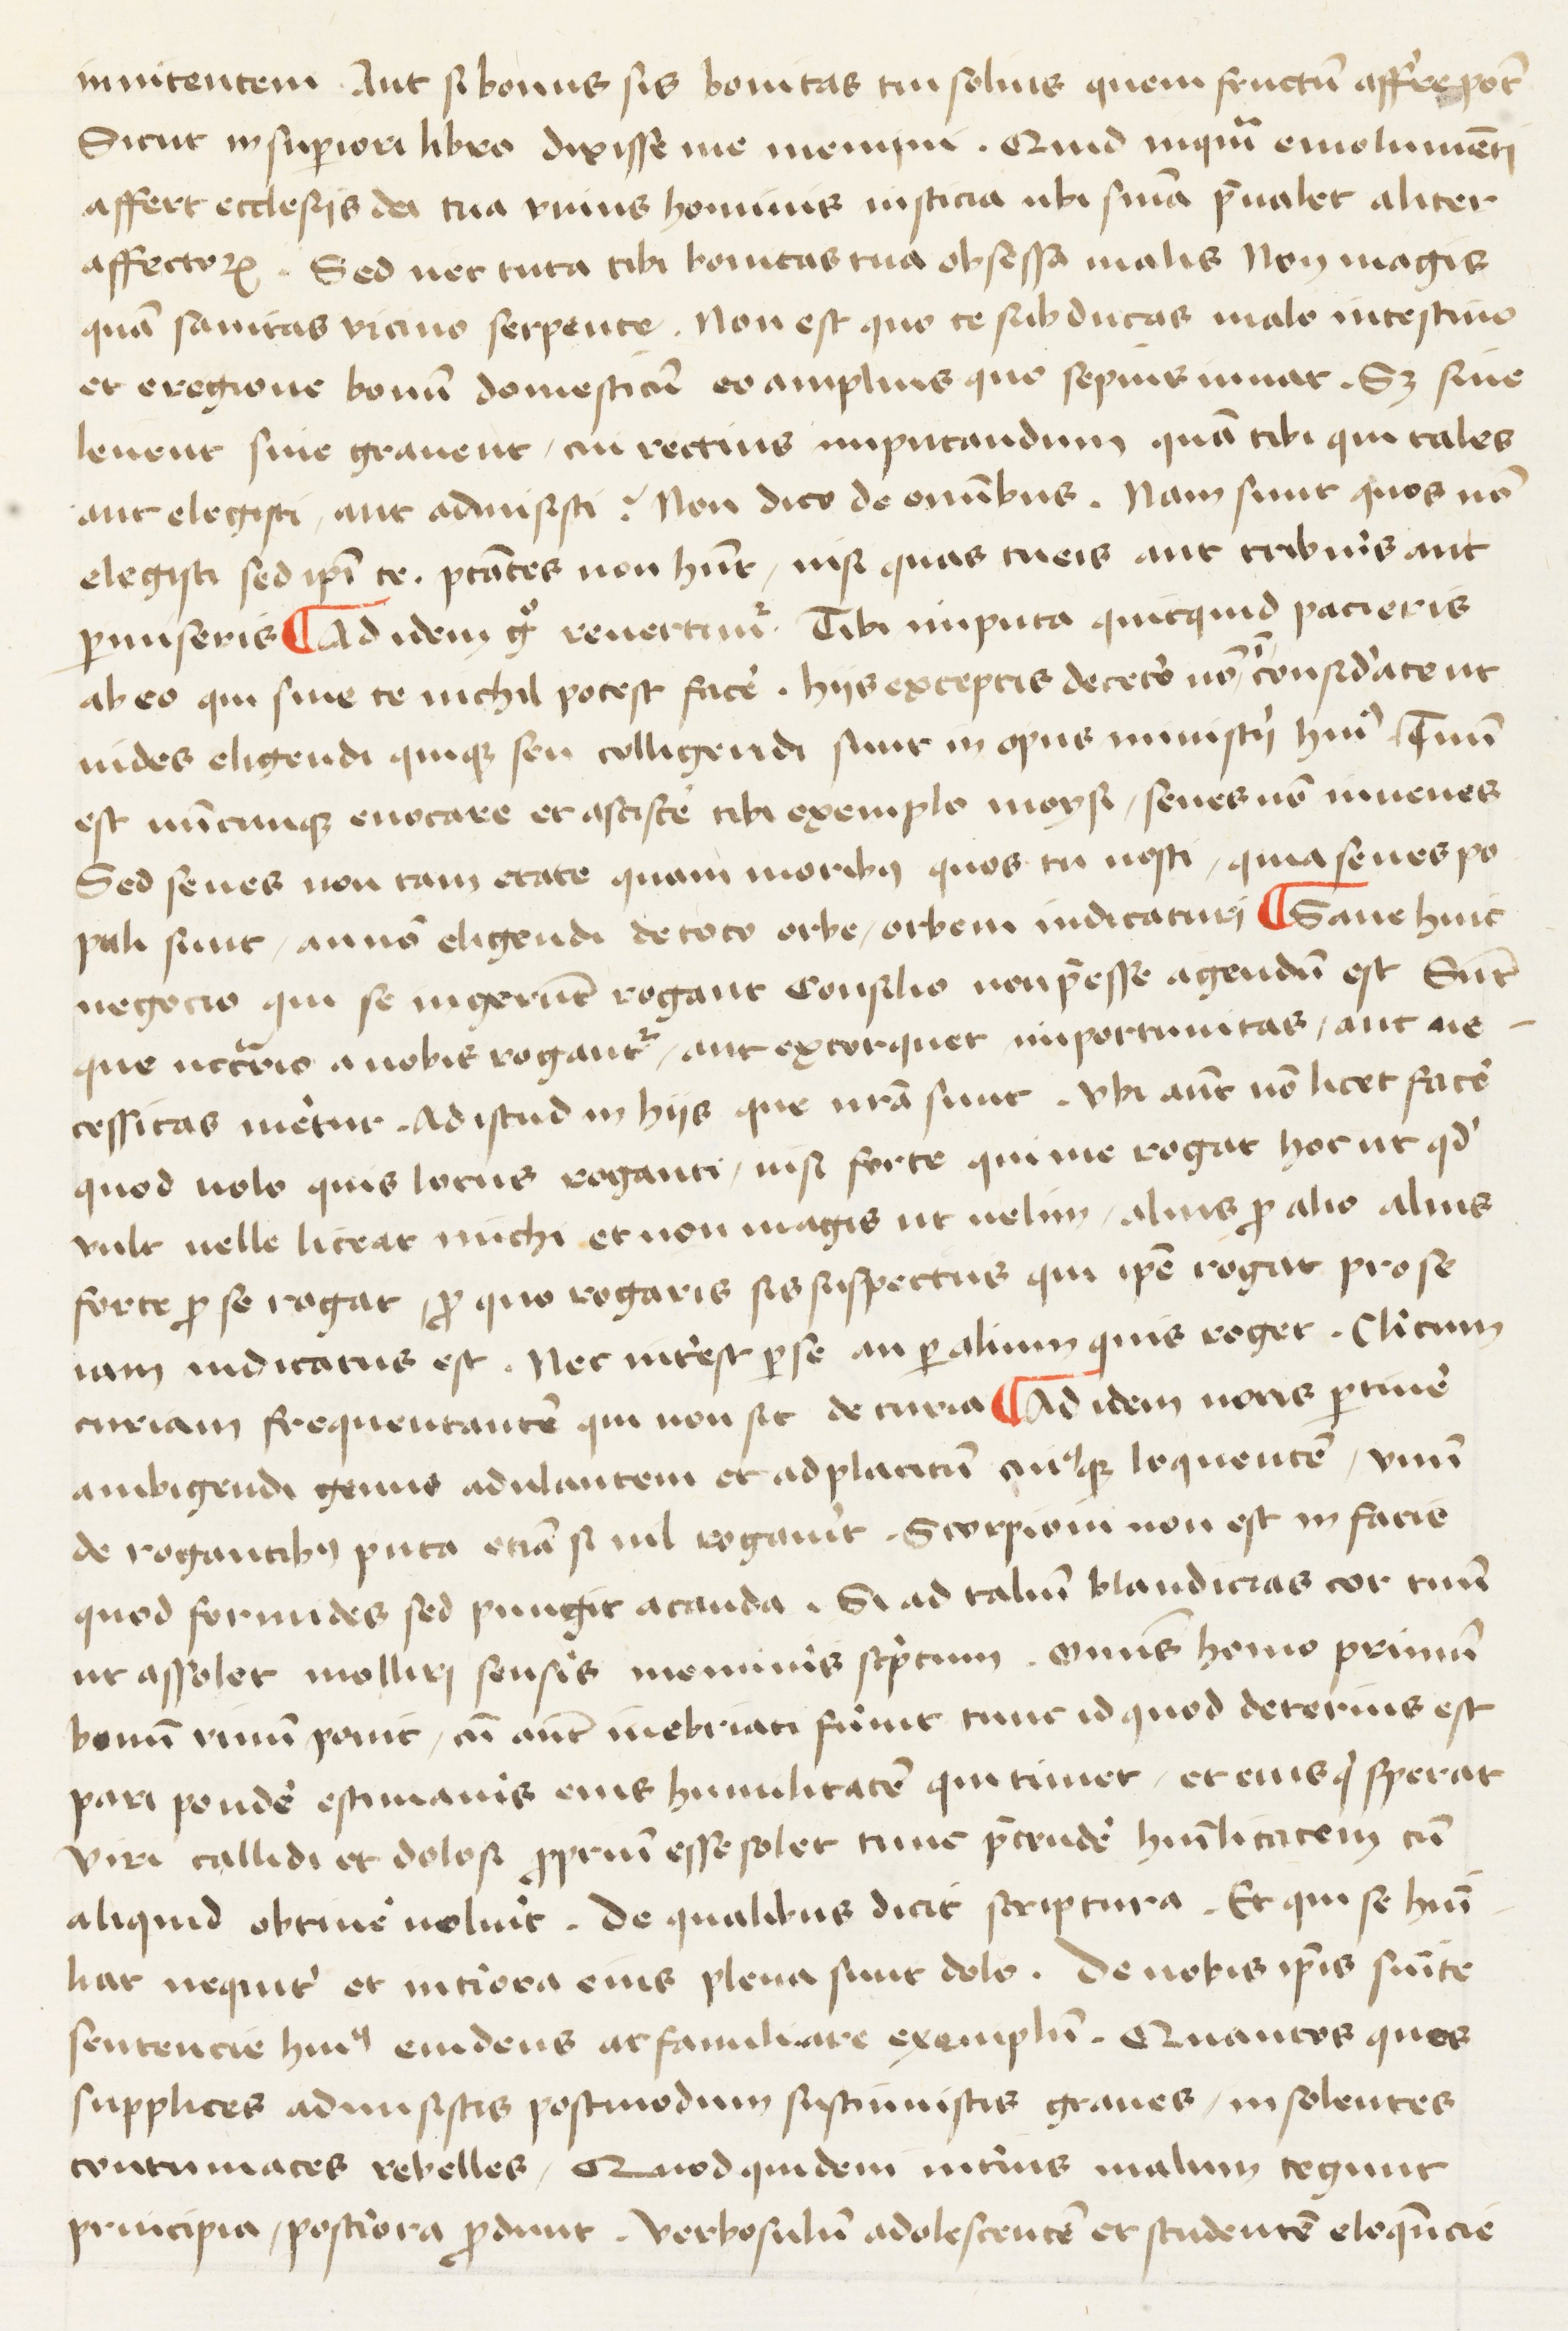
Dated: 1400–1599